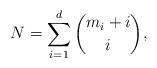
LaTeX: \begin{align*}N=\sum_{i=1}^d \binom{m_i+i}{i},\end{align*}